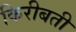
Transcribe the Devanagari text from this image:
किरीबती